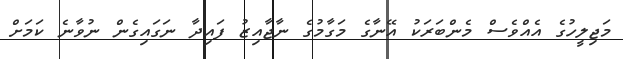
މަޖިލީހުގެ އެއްވެސް މެންބަރަކު އޭނާގެ މަގާމުގެ ނާޖާއިޒު ފައިދާ ނަގައިގެން ނުވާނެ ކަމަށް